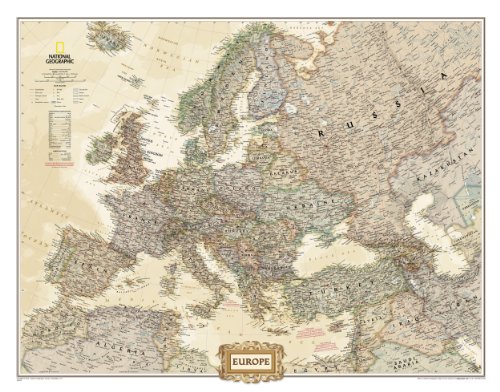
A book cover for Europe Executive [Tubed] (National Geographic Reference Map); National Geographic Maps - Reference; Reference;